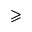
\geqslant